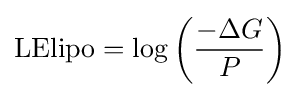
{\mathrm {LElipo} }=\log \left({\frac {-\Delta G}{P}}\right)